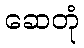
ဆေတုံ